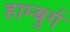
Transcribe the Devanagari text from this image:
हाम्बुर्ग